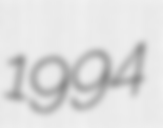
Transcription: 1994